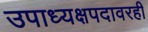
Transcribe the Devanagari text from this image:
उपाध्यक्षपदावरही